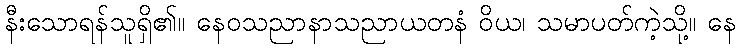
နီးသောရန်သူရှိ၏။ နေဝသညာနာသညာယတနံ ဝိယ၊ သမာပတ်ကဲ့သို့။ နေ